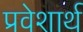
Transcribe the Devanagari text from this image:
प्रवेशार्थ